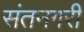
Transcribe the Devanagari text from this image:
संतनगरी